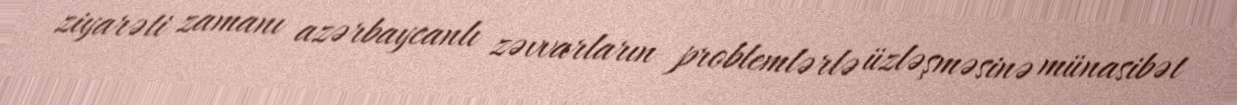
ziyarəti zamanı azərbaycanlı zəvvarların problemlərlə üzləşməsinə münasibət